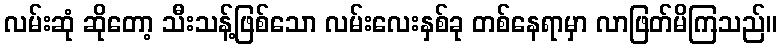
လမ်းဆုံ ဆိုတော့ သီးသန့်ဖြစ်သော လမ်းလေးနှစ်ခု တစ်နေရာမှာ လာဖြတ်မိကြသည်။